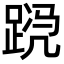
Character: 𬦴